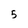
Character: 5